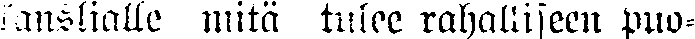
kanslialle mitä tulee rahalliseen puo-